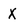
Character: X